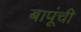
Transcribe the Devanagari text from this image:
बापूंची